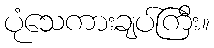
ပုံသေကားချပ်ကြီး။